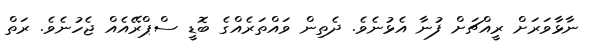
ނާޅާވަރަށް ރީއްޗަށް ފުނާ އެޅުނެވެ. ދެތިން ވައްތަރެއްގެ ބޮޑީ ސްޕްރޭއެއް ޖެހުނެވެ. ރަތް